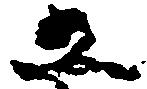
五